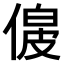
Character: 𠌟